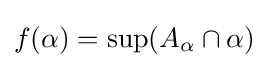
f(\alpha )=\sup(A_{\alpha }\cap \alpha )